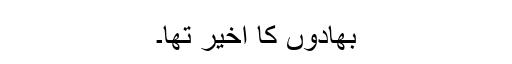
بھادوں کا آخیر تھا۔